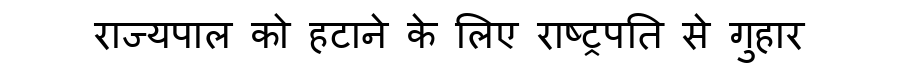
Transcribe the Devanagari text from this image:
राज्यपाल को हटाने के लिए राष्ट्रपति से गुहार